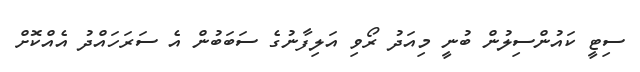
ސިޓީ ކައުންސިލުން ބުނީ މިއަދު ރޯވި އަލިފާނުގެ ސަބަބުން އެ ސަރަހައްދު އެއްކޮށް